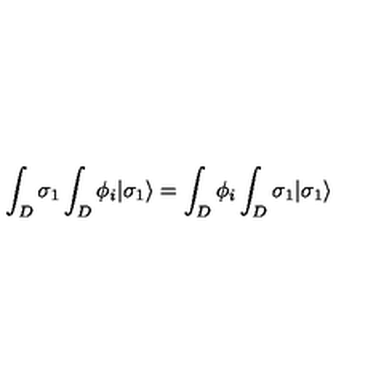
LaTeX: \int _ { D } \sigma _ { 1 } \int _ { D } \phi _ { i } | \sigma _ { 1 } \rangle = \int _ { D } \phi _ { i } \int _ { D } \sigma _ { 1 } | \sigma _ { 1 } \rangle \,